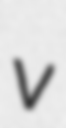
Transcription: v